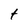
Character: t